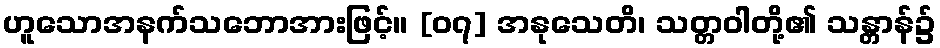
ဟူသောအနက်သဘောအားဖြင့်။ [၀၇] အနုသေတိ၊ သတ္တဝါတို့၏ သန္တာန်၌